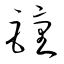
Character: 鐘